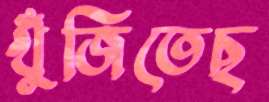
খুঁজিতেছ